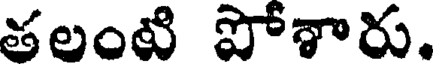
తలంటి పోశారు.